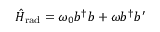
\hat { H } _ { \mathrm { r a d } } = \omega _ { 0 } b ^ { \dagger } b + \omega b ^ { \dagger } b ^ { \prime }